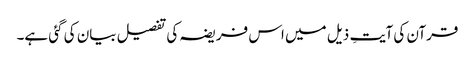
قرآن کی آیتِ ذیل میں اس فریضہ کی تفصیل بیان کی گئی ہے۔